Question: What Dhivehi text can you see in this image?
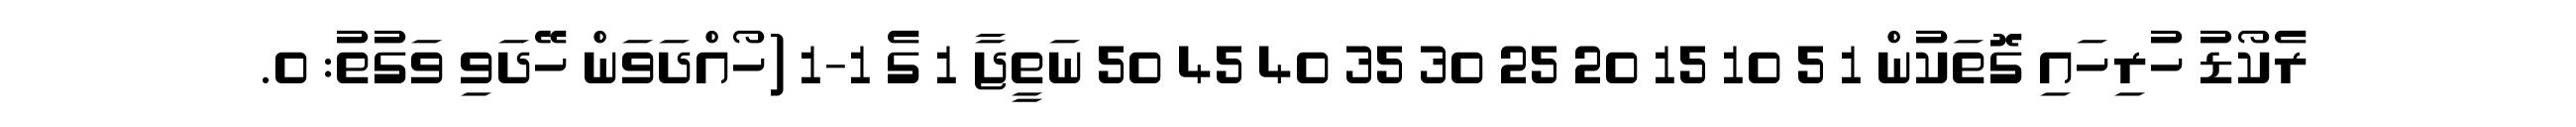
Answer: ރެކޯޑު ހުރިހައި ގޮތަކުން 1 5 10 15 20 25 30 35 40 45 50 ނަތީޖާ 1 ގެ 1-1 (ހޯއްދަވަން ހޭދަވި ވަގުތު: 0.